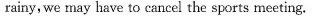
rainy, we may have to cancel the sports meeting.